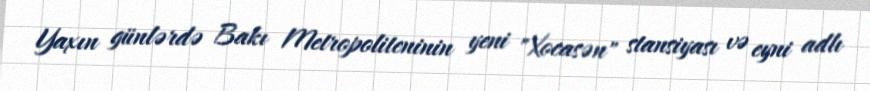
Yaxın günlərdə Bakı Metropoliteninin yeni "Xocasən" stansiyası və eyni adlı